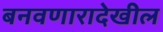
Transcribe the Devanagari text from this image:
बनवणारादेखील